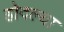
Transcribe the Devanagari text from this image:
होदल्या